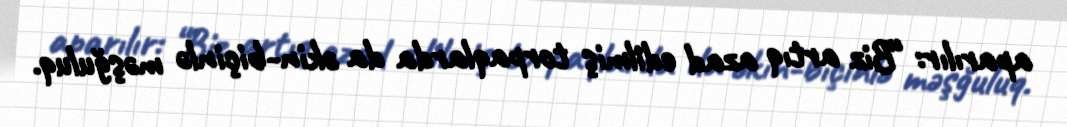
aparılır: “Biz artıq azad edilmiş torpaqlarda da əkin-biçinlə məşğuluq.